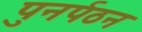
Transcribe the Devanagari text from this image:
पुनर्पठन